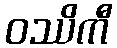
ဝဿိကီ